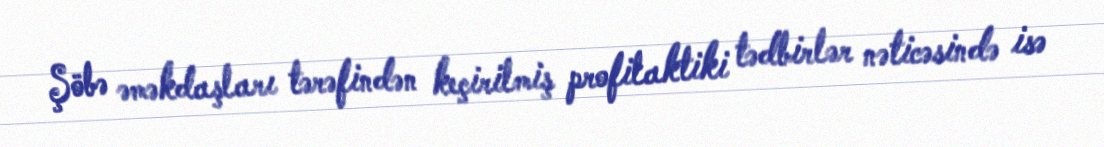
Şöbə əməkdaşları tərəfindən keçirilmiş profilaktiki tədbirlər nəticəsində isə